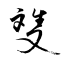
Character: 﨎